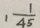
1 \frac { 1 } { 4 5 }